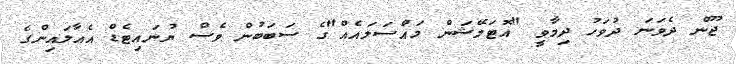
ޖޫން ދެވަނަ ދުވަހު ދިމާވީ "އޮޓަމޭޝަން މައްސަލައެއް"ގެ ސަބަބުން ވެސް ޔުނައިޓެޑް އެއާލައިންގެ